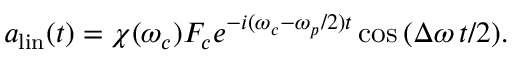
\begin{array} { r } { a _ { \mathrm { l i n } } ( t ) = \chi ( \omega _ { c } ) F _ { c } e ^ { - i ( \omega _ { c } - \omega _ { p } / 2 ) t } \cos { \left( \Delta \omega \, t / 2 \right) } . } \end{array}